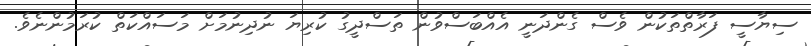
ސިޔާސީ ފަރާތްތަކުން ވެސް ގެންދަނީ އެއްބަސްވުން ތަސްދީގު ކުރިޔަ ނުދިނުމަށް މަސައްކަތް ކުރަމުންނެވެ.